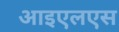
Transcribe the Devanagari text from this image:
आइएलएस